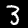
Label: 3